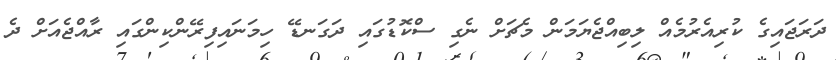
ދަރަޖައިގެ ކުރިއެރުމެއް ލިބިއްޖެޔަމަން މެޗަށް ނެގި ސްކޮޑުގައި ދަގަނޑޭ ހިމަނައިފިރޭންކިންގައި ރާއްޖެއަށް ދެ